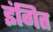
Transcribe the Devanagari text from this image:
इंगित